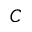
C